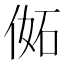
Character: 𠊜